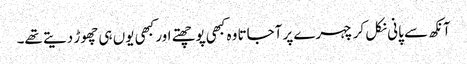
آنکھ سے پانی نکل کر چہرے پر آجاتا وہ کبھی پوچھتے اور کبھی یوں ہی چھوڑ دیتے تھے۔